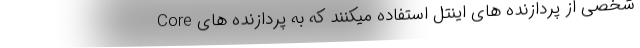
شخصی از پردازنده های اینتل استفاده میکنند که به پردازنده های Core